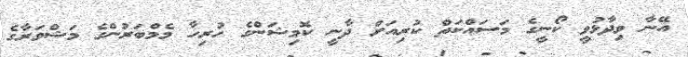
އޭނާ ވިދާޅުވީ ކޯނީގެ މަސައްކަތް ކުރިއަށް ދާނީ ކޮމިޝަންގެ ހުރިހާ މެމްބަރުންގެ މަޝްވަރާގެ